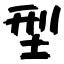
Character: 型